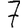
Digit: 7